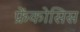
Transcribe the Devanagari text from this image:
फ्रेंकोसिस